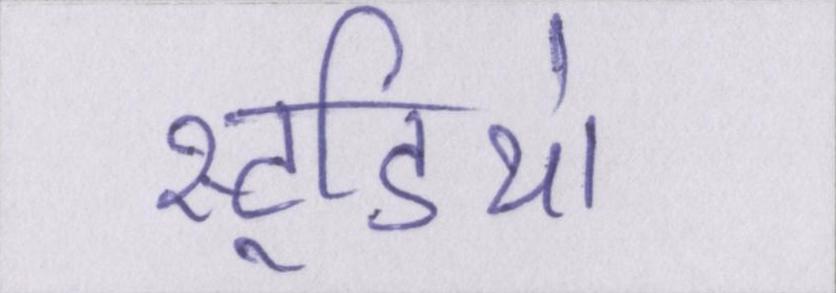
स्टूडियो